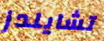
تشايلدز